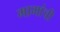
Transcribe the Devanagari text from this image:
मामांची